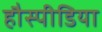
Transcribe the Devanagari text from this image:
हौस्पीडिया